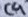
Text: C9